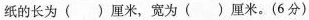
纸的长为()厘米，宽为()厘米。(6分）